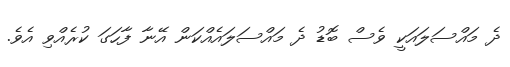
ދެ މައްސަލައަކީ ވެސް ބޮޑު ދެ މައްސަލައެއްކަން އޭނާ ފާހަގަ ކުރެއްވި އެވެ.